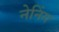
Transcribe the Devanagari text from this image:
नेनिंग